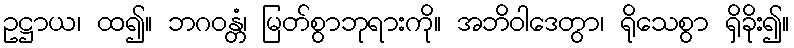
ဥဋ္ဌာယ၊ ထ၍။ ဘဂဝန္တံ၊ မြတ်စွာဘုရားကို။ အဘိဝါဒေတွာ၊ ရိုသေစွာ ရှိခိုး၍။